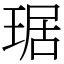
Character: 琚